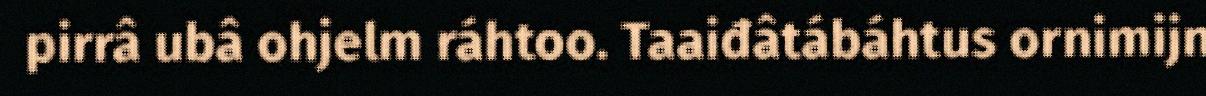
pirrâ ubâ ohjelm ráhtoo. Taaiđâtábáhtus ornimijn